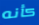
كأنه